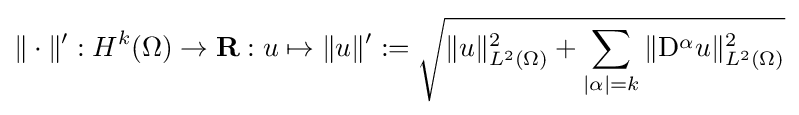
\|\cdot \|':H^{k}(\Omega )\to \mathbf {R} :u\mapsto \|u\|':={\sqrt {\|u\|_{L^{2}(\Omega )}^{2}+\sum _{|\alpha |=k}\|\mathrm {D} ^{\alpha }u\|_{L^{2}(\Omega )}^{2}}}